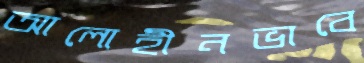
আলোহীনভাবে